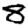
Digit: 8